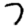
Digit: 7